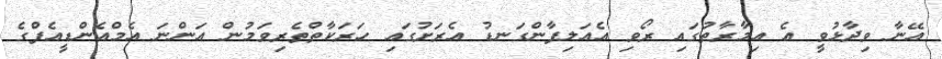
އޭނާ ވިދާޅުވީ އެ އިމާރާތުގައި ރޯވި އެއަލިފާންގަނޑު އެރަށުގައި ހަރަކާތްތެރިވަމުން އަންނަ އެމްއެންޑީއެފްގެ